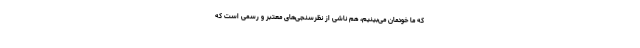
که ما خودمان می‌بینیم، هم ناشی از نظرسنجی‌های معتبر و رسمی است که